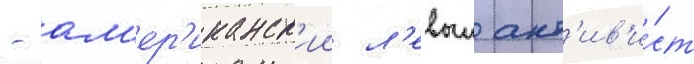
- ам'ер'иканск'ии л'евыи акт'ив'и́ст